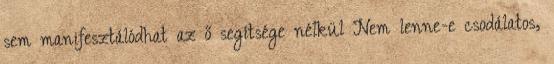
sem manifesztálódhat az ő segítsége nélkül Nem lenne-e csodálatos,